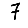
Digit: 7